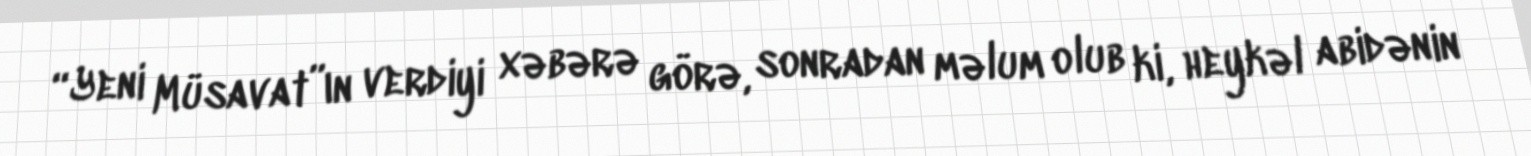
“Yeni Müsavat”ın verdiyi xəbərə görə, sonradan məlum olub ki, heykəl abidənin